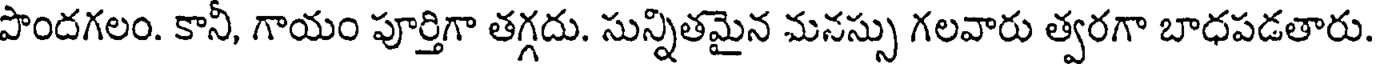
పొందగలం. కానీ, గాయం పూర్తిగా తగ్గదు. సున్నితమైన మనస్సు గలవారు త్వరగా బాధపడతారు.